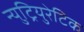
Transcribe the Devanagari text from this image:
न्युट्रियुरेटिक